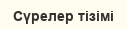
Сүрелер тізімі